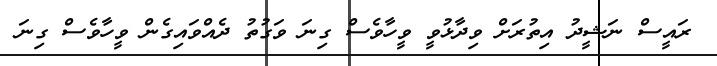
ރައީސް ނަޝީދު އިތުރަށް ވިދާޅުވީ ވީހާވެސް ގިނަ ވަގުތު ދެއްވައިގެން ވީހާވެސް ގިނަ